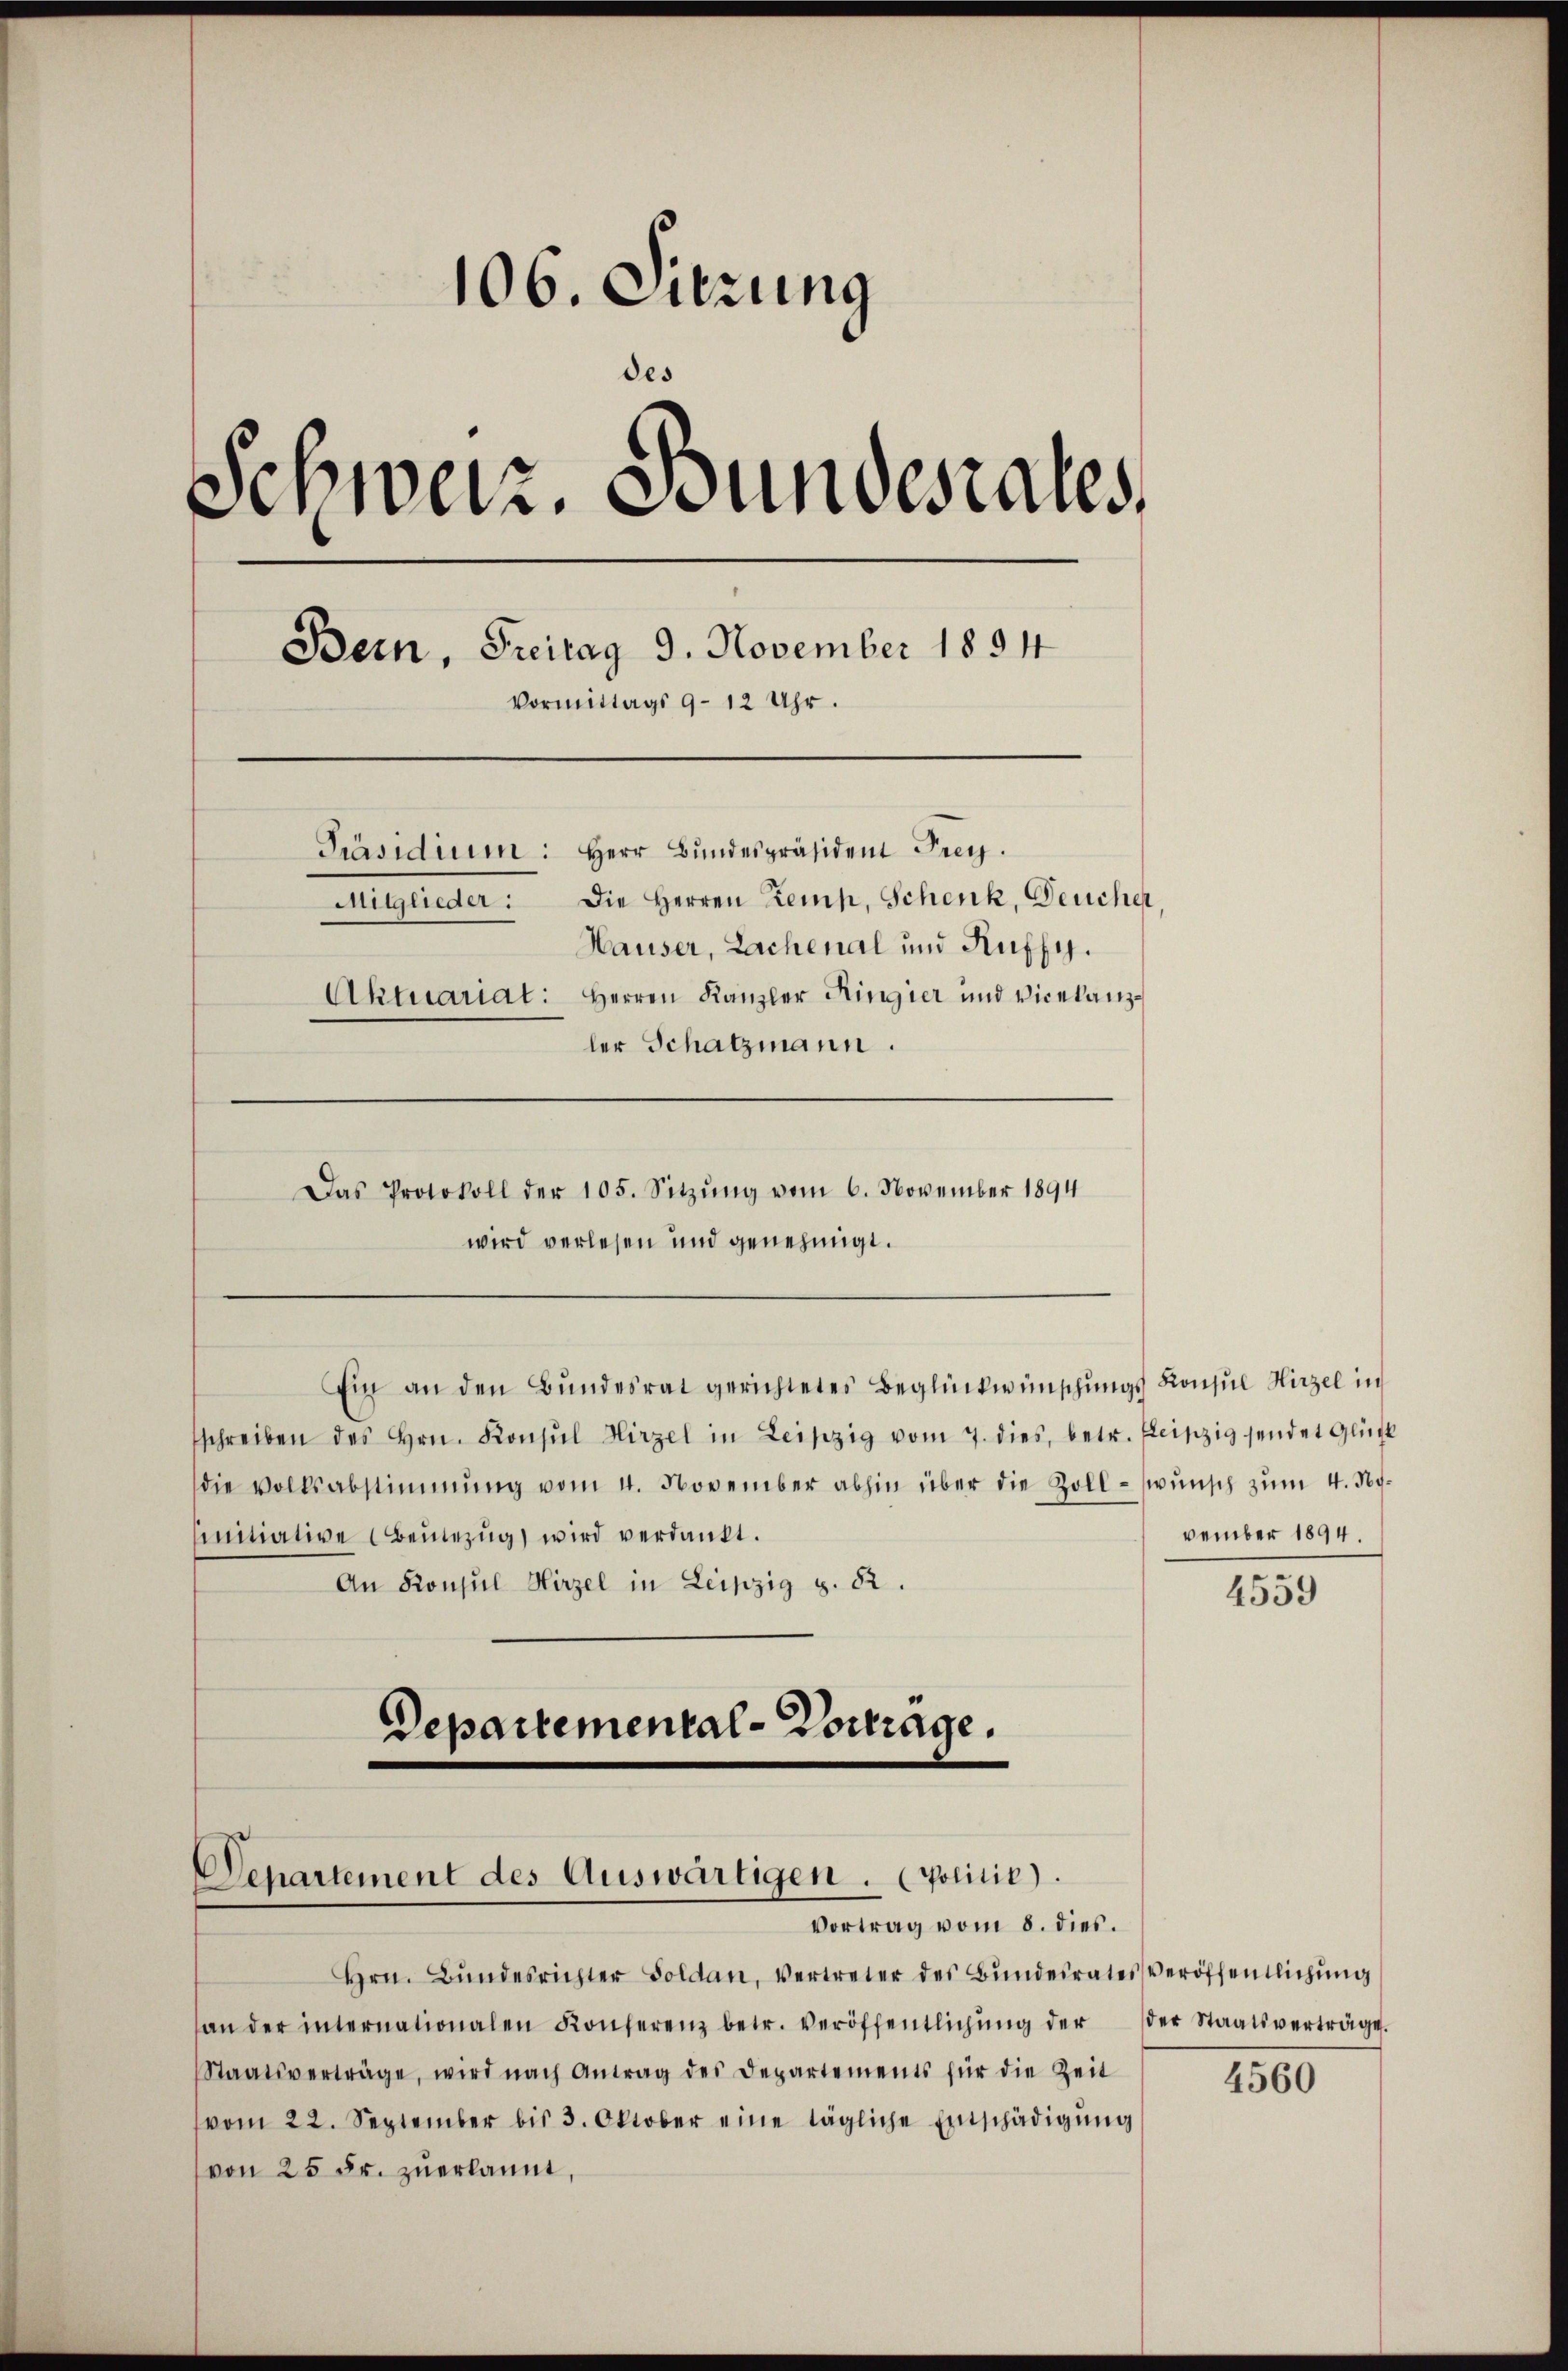
106. Sitzung
des
Schweiz. Bundesrates,
Bern, Freitag 9. November 1894
Vormittags 9–12 Uhr.
Präsidium: Herr Bŭndespräsident Frey.
Mitglieder: Die Herren Zemp, Schenk, Deucher,
Hauser, Lachenal und Ruffy.
Aktuariat: Herren Kanzler Ringier und Vicekanzler Schatzmann.

Ein an den Bundesrat gerichtetes Beglückwünschungs Konsul Hirzel in
sschreiben des Hrn. Konsul Hirzel in Leipzig vom 7. dies, betr. Fleiszig sendet Glück
die Volksabstimmung vom 4. November abhin über die Zoll- (wŭnsch zum 4. Noinitiative Benezug wird verdankt.
An Konsul Hirzel in Leipzig S. 82.
Departemental-Vortrage.

Departement des Auswärtigen. politic).
Vortrag vom 8. dies.

Hrn. Bŭndesrichter Soldau, vertreter des Bŭndesrates Veröffentlichŭng
an der internationalen Konferenz betr. Veröffentlichŭng der der Staatsverträge.
Staatsverträge, wird nach Antrag des Departements für die Zeit
(vom 22. September bis 3. Oktober eine tägliche Entschädigŭng
von 25 Fr. zuerkannt,

Das Protokoll der 105. Sitzŭng vom 6. November 1894
wird verlesen und genehmigt.

vember 1894.

4559

4560